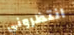
انتظروني